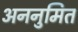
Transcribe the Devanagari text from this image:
अननुमित